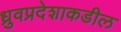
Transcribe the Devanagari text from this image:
ध्रुवप्रदेशाकडील